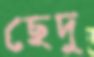
ছেদু